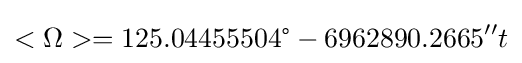
<\Omega >=125.04455504{\text{°}}-6962890.2665''t